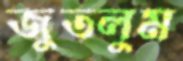
জুতলুম